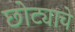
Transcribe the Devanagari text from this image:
छोट्याचे